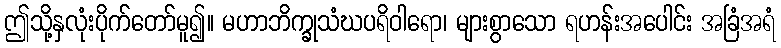
ဤသို့နှလုံးပိုက်တော်မူ၍။ မဟာဘိက္ခုသံဃပရိဝါရော၊ များစွာသော ရဟန်းအပေါင်း အခြံအရံ